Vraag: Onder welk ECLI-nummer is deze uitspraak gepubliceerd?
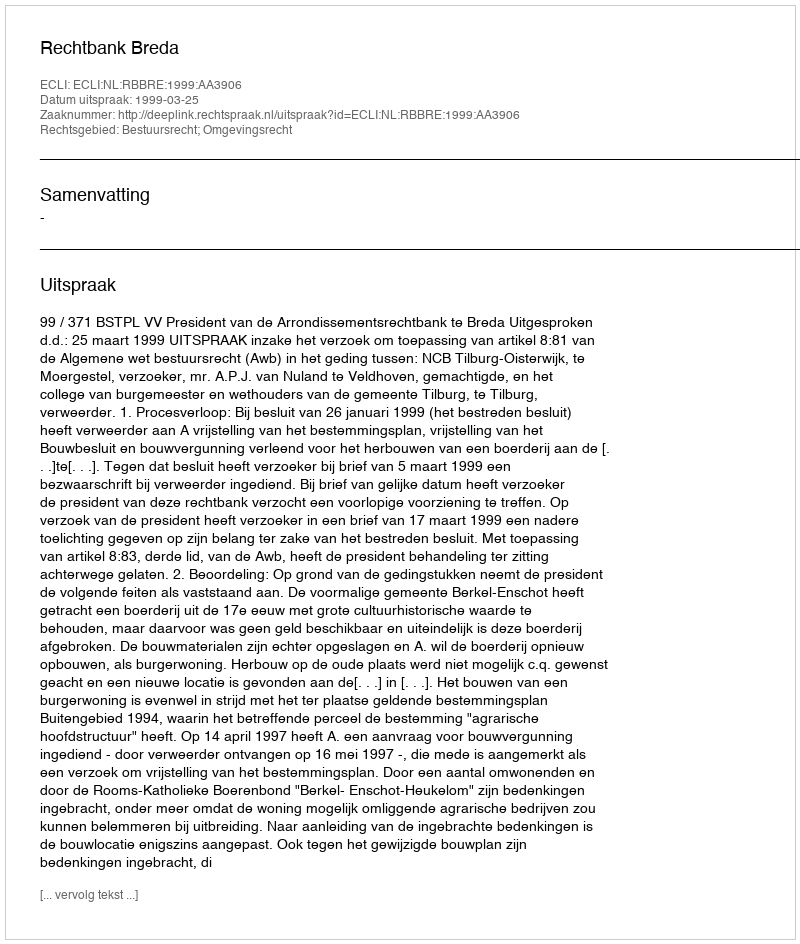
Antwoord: ECLI:NL:RBBRE:1999:AA3906